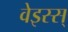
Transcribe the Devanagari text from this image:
वेइस्स्